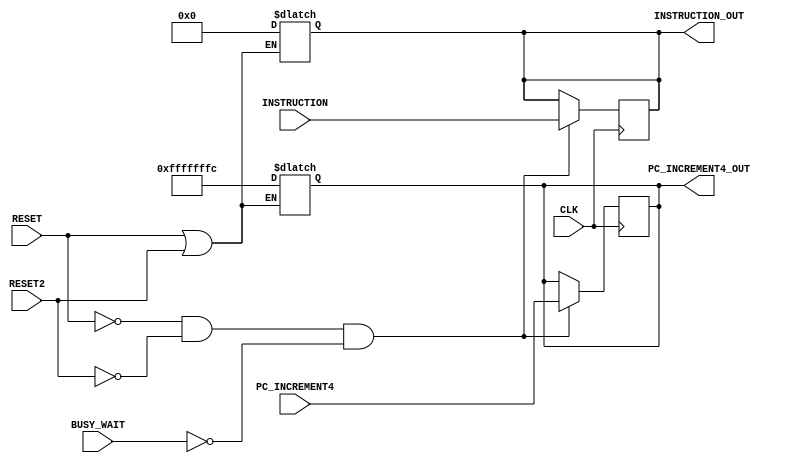
`timescale 1ns/100ps
 module pipeline1(CLK, RESET, RESET2, INSTRUCTION, PC_INCREMENT4, BUSY_WAIT, INSTRUCTION_OUT, PC_INCREMENT4_OUT);
	//inputs for clock, busy wait
	input CLK, RESET, BUSY_WAIT,RESET2;
	input [31:0] INSTRUCTION, PC_INCREMENT4;
	output reg [31:0] INSTRUCTION_OUT, PC_INCREMENT4_OUT;
	
	always @(posedge CLK) begin
		//one time unit delay for assigning setting out vale
		#1
		if (!RESET & !RESET2 & !BUSY_WAIT) begin
			PC_INCREMENT4_OUT = #1 PC_INCREMENT4;
			INSTRUCTION_OUT = INSTRUCTION;
		end
	end
	
	always @(*) begin
		#1
		if(RESET == 1'b1 | RESET2 == 1'b1) begin
			INSTRUCTION_OUT <= 32'd0;
			PC_INCREMENT4_OUT <= #1  -32'd4;
		end
	end
endmodule